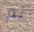
تم